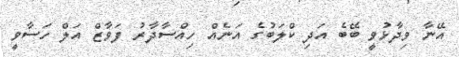
އޭނާ ވިދާޅުވީ ބޭބެ އަދި ކްލަބުގެ އަނެއް ހިއްސާދާރު ފަވާޒް އަލް ހަސާވީ